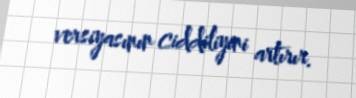
versiyasının ciddiliyini artırır.